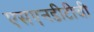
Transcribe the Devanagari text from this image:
एसएनडीटीची